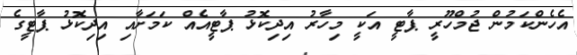
އެހެންކަމުން ޖުމްހޫރީ ޕާޓީ އަކީ މިހާރު އިދިކޮޅު ޕާޓީއެއް ކަމަށާއި އިދިކޮޅު ޕާޓީގެ